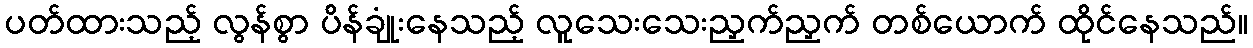
ပတ်ထားသည့် လွန်စွာ ပိန်ချုံးနေသည့် လူသေးသေးညှက်ညှက် တစ်ယောက် ထိုင်နေသည်။